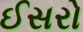
ઈસરો